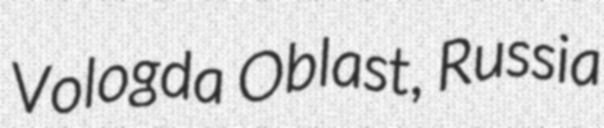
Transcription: Vologda Oblast, Russia